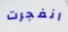
انفجرت